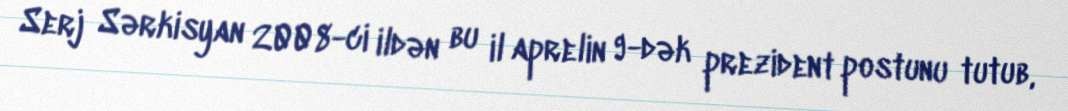
Serj Sərkisyan 2008-ci ildən bu il aprelin 9-dək prezident postunu tutub,